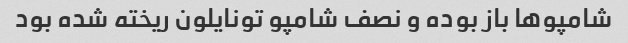
شامپوها باز بوده و نصف شامپو تونایلون ریخته شده بود